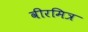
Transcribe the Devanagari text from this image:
वीरमित्र